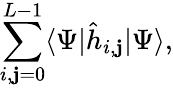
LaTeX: \sum_{i,\mathbf{j}=0}^{L-1}\langle\Psi|\hat{{h}}_{i,\mathbf{j}}|\Psi\rangle,